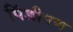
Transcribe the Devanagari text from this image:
पिंडीपण